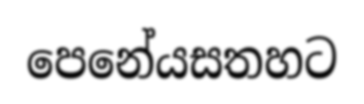
පෙනේයසතහට